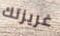
غريزتك